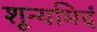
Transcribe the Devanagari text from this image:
शून्यमिदं